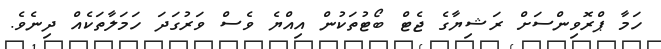
ހަމާ ޕްރޮވިންސަށް ރަޝިޔާގެ ޖެޓް ބޯޓުތަކުން އިއްޔެ ވެސް ވަރުގަދަ ހަމަލާތަކެއް ދިނެވެ.